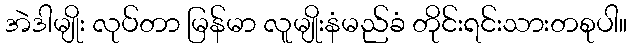
အဲဒါမျိုး လုပ်တာ မြန်မာ လူမျိုးနံမည်ခံ တိုင်းရင်းသားတစုပါ။